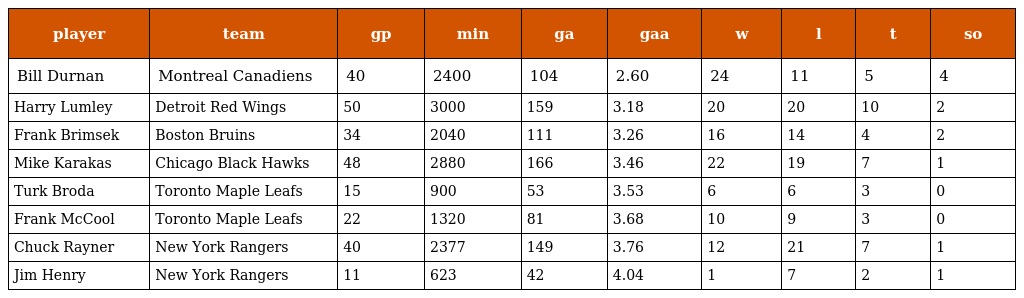
| player | team | gp | min | ga | gaa | w | l | t | so |
 | --- | --- | --- | --- | --- | --- | --- | --- | --- | --- |
 | Bill Durnan | Montreal Canadiens | 40 | 2400 | 104 | 2.60 | 24 | 11 | 5 | 4 |
 | Harry Lumley | Detroit Red Wings | 50 | 3000 | 159 | 3.18 | 20 | 20 | 10 | 2 |
 | Frank Brimsek | Boston Bruins | 34 | 2040 | 111 | 3.26 | 16 | 14 | 4 | 2 |
 | Mike Karakas | Chicago Black Hawks | 48 | 2880 | 166 | 3.46 | 22 | 19 | 7 | 1 |
 | Turk Broda | Toronto Maple Leafs | 15 | 900 | 53 | 3.53 | 6 | 6 | 3 | 0 |
 | Frank McCool | Toronto Maple Leafs | 22 | 1320 | 81 | 3.68 | 10 | 9 | 3 | 0 |
 | Chuck Rayner | New York Rangers | 40 | 2377 | 149 | 3.76 | 12 | 21 | 7 | 1 |
 | Jim Henry | New York Rangers | 11 | 623 | 42 | 4.04 | 1 | 7 | 2 | 1 |